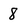
Character: 8